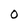
Character: O